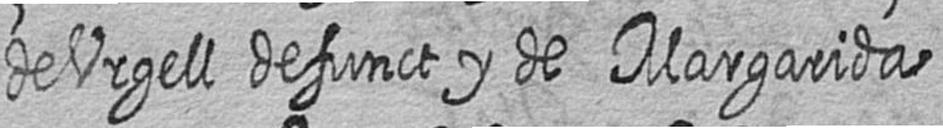
de Urgell defunct y de Margarida